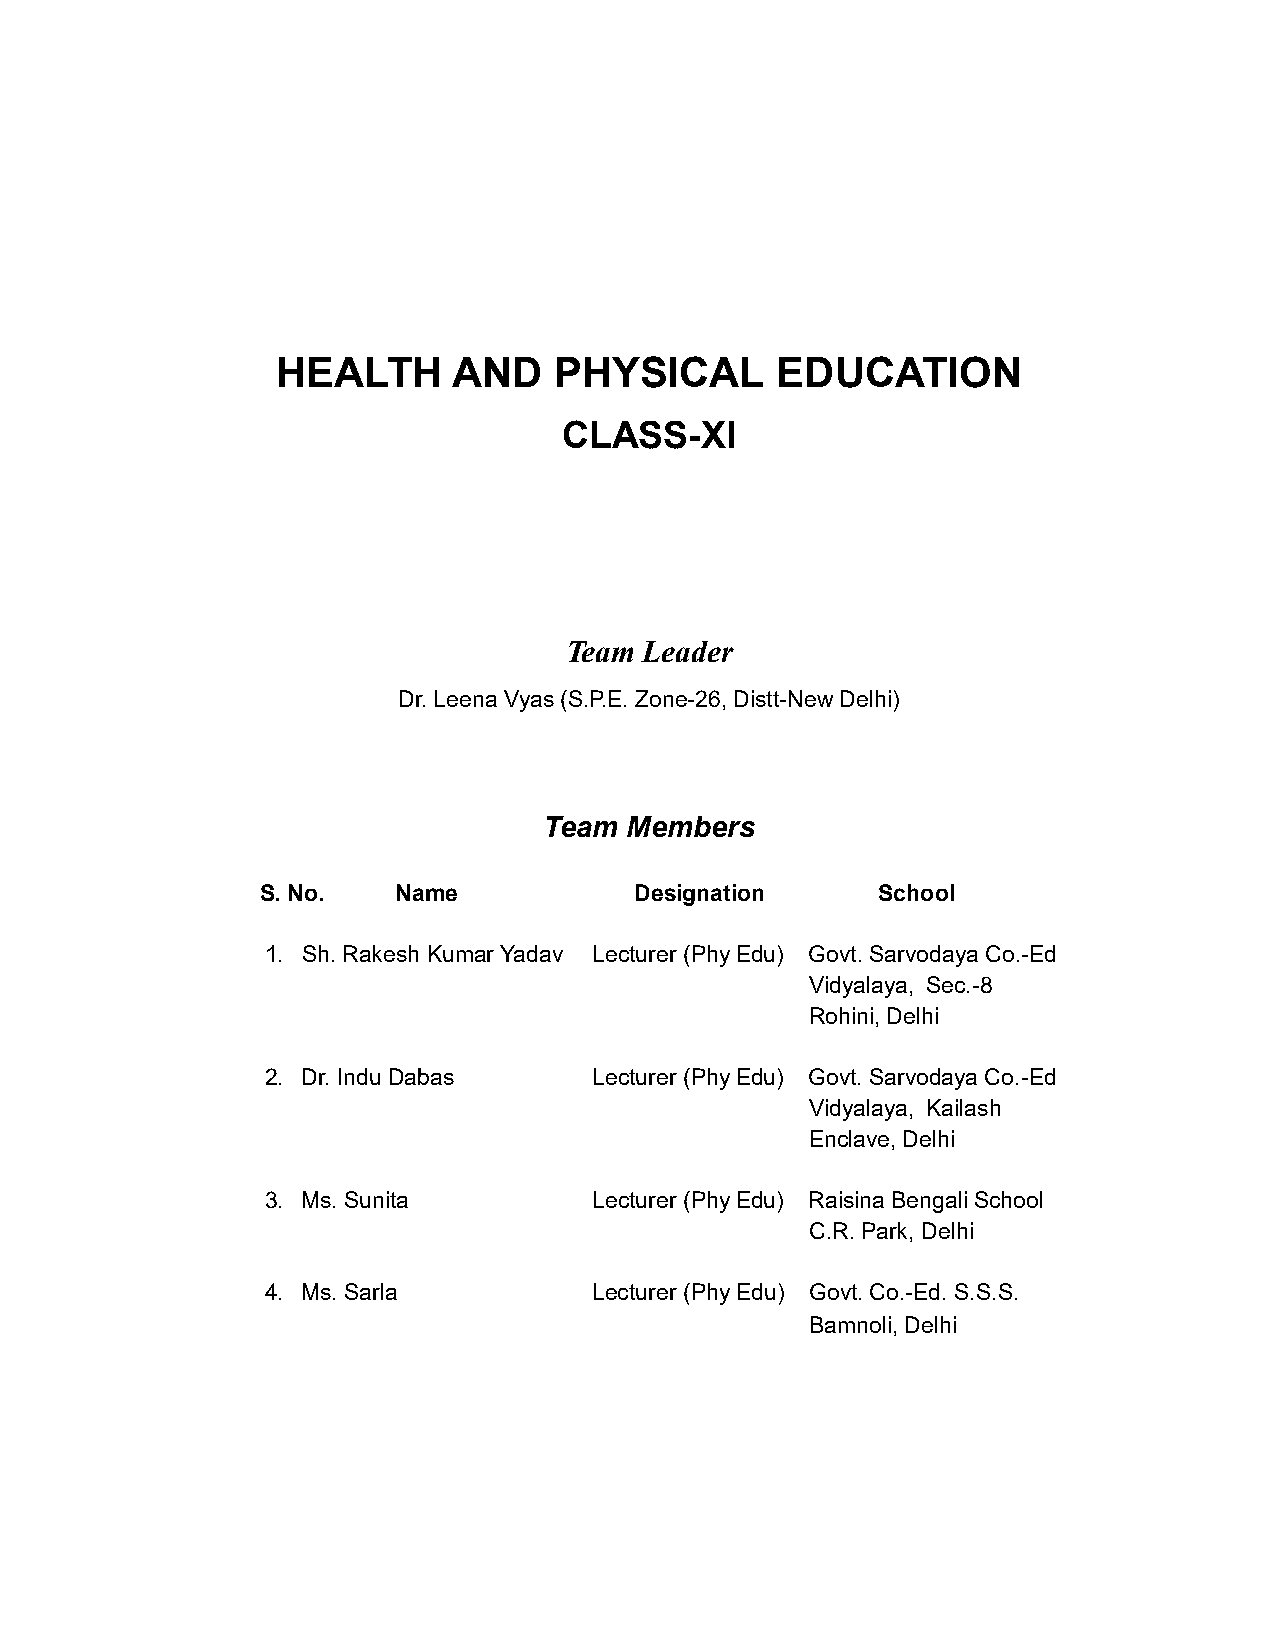
HEALTH      AND    PHYSICAL      EDUCATION
 CLASS-XI
 Team  Leader
 Dr. Leena Vyas (S.P.E. Zone-26, Distt-New Delhi)
 Team Members
 S. No.   Name            Designation     School
 1. Sh. Rakesh Kumar Yadav Lecturer (Phy Edu) Govt. Sarvodaya Co.-Ed
 Vidyalaya, Sec.-8
 Rohini, Delhi
 2. Dr. Indu Dabas    Lecturer (Phy Edu) Govt. Sarvodaya Co.-Ed
 Vidyalaya, Kailash
 Enclave, Delhi
 3. Ms. Sunita        Lecturer (Phy Edu) Raisina Bengali School
 C.R. Park, Delhi
 4. Ms. Sarla         Lecturer (Phy Edu) Govt. Co.-Ed. S.S.S.
 Bamnoli, Delhi